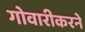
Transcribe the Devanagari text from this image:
गोवारीकरने